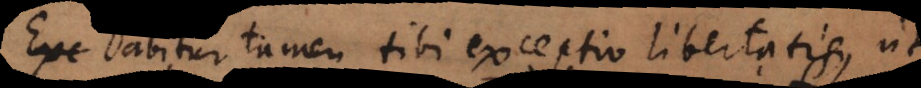
Exc Dabitur tamen tibi exceptio libertatis, ut